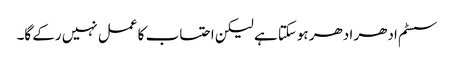
سسٹم ادھر ادھر ہوسکتا ہے لیکن احتساب کا عمل نہیں رکے گا۔